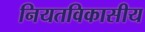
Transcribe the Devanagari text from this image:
नियतविकासीय